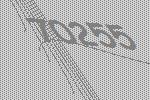
70255